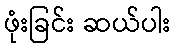
ဖုံးခြင်း ဆယ်ပါး